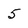
Character: 5